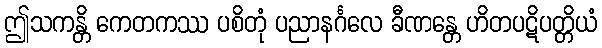
ဤသကန္တိ ကေတကဿ ပစိတုံ ပညာနင်္ဂလေ ခီဏန္တေ ဟိတပဋိပတ္တိယံ